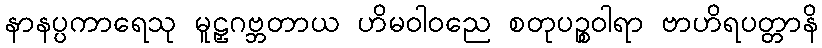
နာနပ္ပကာရေသု မူဠှဂဗ္ဘတာယ ဟိမဝါဝညေ စတုပဉ္စဝါရာ ဗာဟိရပတ္တာနိ